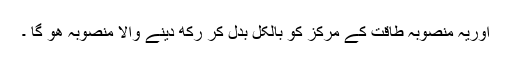
اوریہ منصوبہ طاقت کے مرکز کو بالکل بدل کر رکھ دینے والا منصوبہ ھو گا ۔